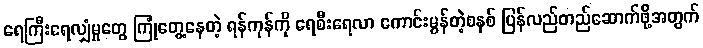
ရေကြီးရေလျှံမှုတွေ ကြုံတွေ့နေတဲ့ ရန်ကုန်ကို ရေစီးရေလာ ကောင်းမွန်တဲ့စနစ် ပြန်လည်တည်ဆောက်ဖို့အတွက်